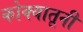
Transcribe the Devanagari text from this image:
कोक्यातूनी